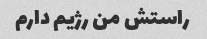
راستش من رژیم دارم